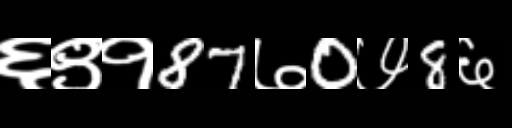
Text: ६९१87७0७8६